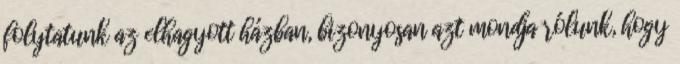
folytatunk az elhagyott házban, bizonyosan azt mondja rólunk, hogy